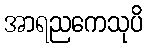
အာရညကေသုပိ